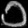
Digit: ၁